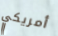
أمريكي